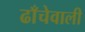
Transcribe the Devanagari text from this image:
ढाँचेवाली